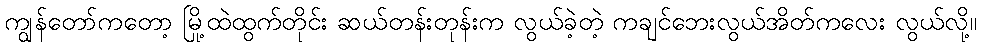
ကျွန်တော်ကတော့ မြို့ထဲထွက်တိုင်း ဆယ်တန်းတုန်းက လွယ်ခဲ့တဲ့ ကချင်ဘေးလွယ်အိတ်ကလေး လွယ်လို့။